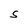
Character: S